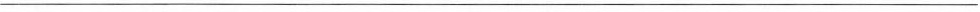
___